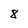
Character: 8